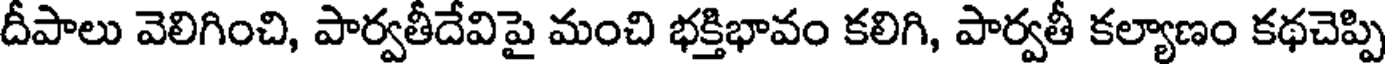
దీపాలు వెలిగించి, పార్వతీదేవిపై మంచి భక్తిభావం కలిగి, పార్వతీ కల్యాణం కథచెప్పి